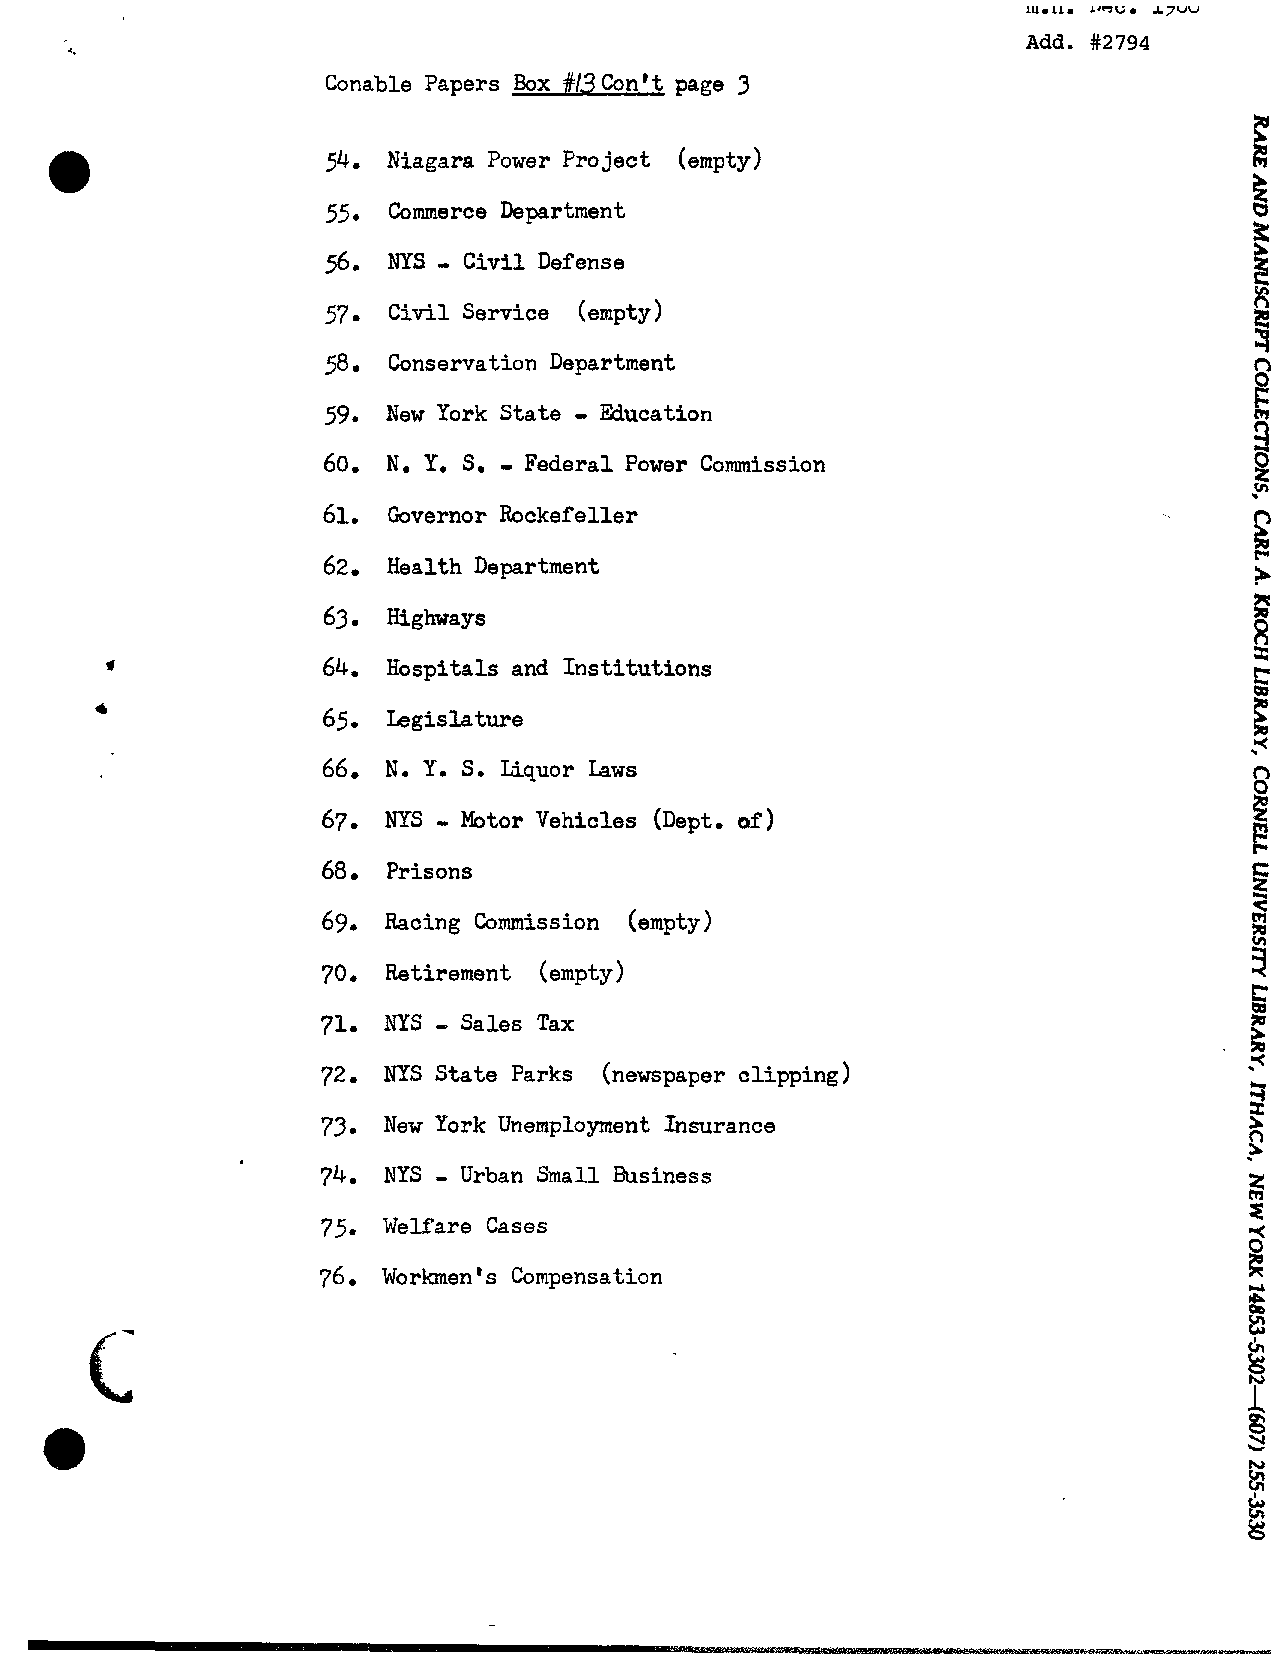
.
 ll1.11. L'CG s7uu
 Add. #2794
 Conable Papers Box #13 hn't page 3
 Niagara Power Project (empty)
 Commerce Department
 -
 NYS  Civil Defense
 Civil Service (empty)
 Conservation Department
 -
 New York State Education
 -
 No Y. S. Federal Power Commission
 Governor Rockefeller
 Health Department
 Highways
 Hospitals and Institutions
 Legislature
 Y. S. Liquor Laws
 N o
 -
 NYS  &tor Vehicles (Dept. of)
 Prisons
 Racing Commission (empty)
 Retirement (empty)
 -
 NYS   Sales Tax
 NYS State Parks (newspaper clipping )
 New York Unemployment Insurance
 -
 NYS  Urban Small Business
 Welfare Cases
 Workmen ts Compensation